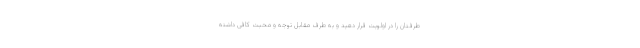
طرفتان را در اولویت قرار دهید و به طرف مقابل توجه و محبت کافی داشته